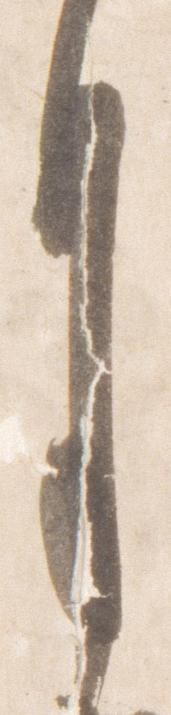
月